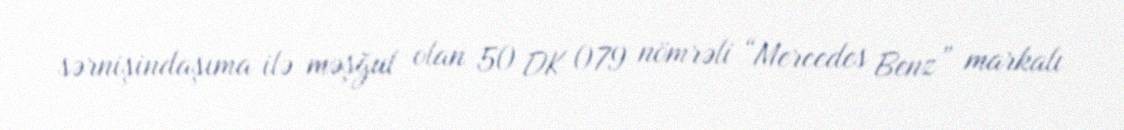
sərnişindaşıma ilə məşğul olan 50 DK 079 nömrəli “Mercedes Benz” markalı